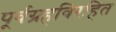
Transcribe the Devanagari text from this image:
पूर्वग्रहविरहित